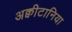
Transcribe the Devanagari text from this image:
अक्वीटानिया